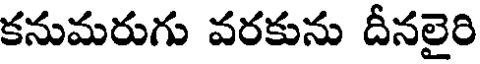
కనుమరుగు వరకును దీనలైరి